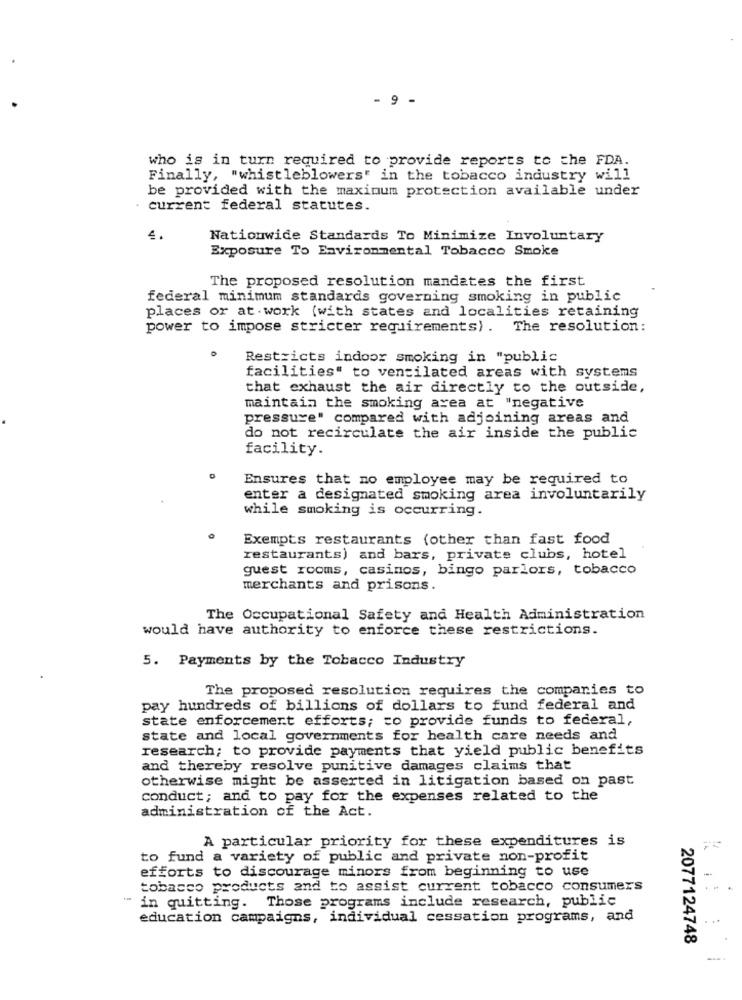
- 9 -
who is in turn required to provide reports to the FDA.
Finally, "whistleblowers' in the tobacco industry will
be provided with the maximum protection available under
· current federal statutes.
4.
Nationwide Standards To Minimize Involuntary
Exposure To Environmental Tobacco Smoke
The proposed resolution mandates the first
federal minimum standards governing smoking in public
places or at work (with states and localities retaining
power to impose stricter requirements) . The resolution:
Restricts indoor smoking in "public
facilities" to ventilated areas with systems
that exhaust the air directly to the outside,
maintain the smoking area at "negative
pressure" compared with adjoining areas and
do not recirculate the air inside the public
facility.
Ensures that no employee may be required to
enter a designated smoking area involuntarily
while smoking is occurring.
Exempts restaurants (other than fast food
restaurants) and bars, private clubs, hotel
guest rooms, casinos, bingo parlors, tobacco
merchants and prisons.
The Occupational Safety and Health Administration
would have authority to enforce these restrictions.
5. Payments by the Tobacco Industry
The proposed resolution requires the companies to
pay hundreds of billions of dollars to fund federal and
state enforcement efforts; to provide funds to federal,
state and local governments for health care needs and
research; to provide payments that yield public benefits
and thereby resolve punitive damages claims that
otherwise might be asserted in litigation based on past
conduct; and to pay for the expenses related to the
administration of the Act.
A particular priority for these expenditures is
to fund a variety of public and private non-profit
efforts to discourage minors from beginning to use
tobacco products and to assist current tobacco consumers
in quitting. Those programs include research, public
education campaigns, individual cessation programs, and
2077124748
-